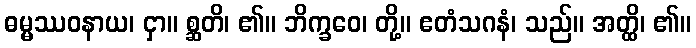
ဓမ္မဿဝနာယ၊ ငှာ။ စ္ဆတိ၊ ၏။ ဘိက္ခဝေ၊ တို့။ ဧတံသဂနံ၊ သည်။ အတ္ထိ၊ ၏။